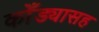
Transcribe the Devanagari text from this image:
कोँड्यासह